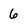
Character: 6